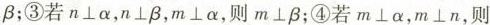
\beta ；③若$$n\perp \alpha $$，$$n\perp \beta $$，$$m\perp \alpha，则$$m\perp \beta$$；④若$$m\perp \alpha $$，$$m\perp n$$，则